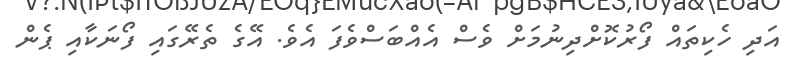
އަދި ހެކިތައް ފޯރުކޮށްދިނުމަށް ވެސް އެއްބަސްވެފަ އެވެ. އޭގެ ތެރޭގައި ފޯނަކާއި ޕެން